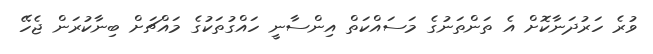
ވުރެ ހަރުދަނާކޮށް އެ ތަންތަނުގެ މަސައްކަތް އިންސާނީ ހައްގުތަކުގެ މައްޗަށް ބިނާކުރަން ޖެހޭ